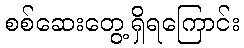
စစ်ဆေးတွေ့ရှိရကြောင်း